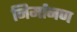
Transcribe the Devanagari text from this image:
निर्मानण